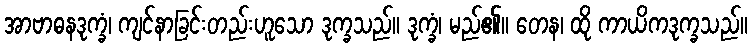
အာဗာဓနဒုက္ခံ၊ ကျင်နာခြင်းတည်းဟူသော ဒုက္ခသည်။ ဒုက္ခံ၊ မည်၏။ တေန၊ ထို ကာယိကဒုက္ခသည်။